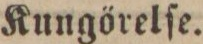
Kungörelſe.